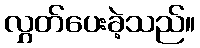
လွှတ်ပေးခဲ့သည်။